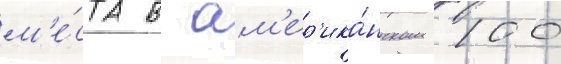
м'е́ста в ам'ер'ика́нском 100